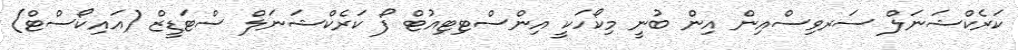
ކަރެކްޝަނަލް ސަރވިސްއިން އިން ބުނީ މިކޯހަކީ އިންސްޓިޓިއުޓް ފޯ ކަރެކްޝަނަލް ސްޓަޑީޒް (އައިކޯސްޓް)